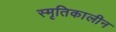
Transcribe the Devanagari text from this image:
स्मृतिकालीन